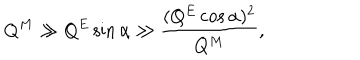
Q ^ { M } \gg Q ^ { E } \sin \alpha \gg \frac { ( Q ^ { E } \cos \alpha ) ^ { 2 } } { Q ^ { M } } ,